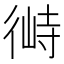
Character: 𱝶